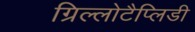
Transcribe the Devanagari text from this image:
ग्रिल्लोटैप्लिडी